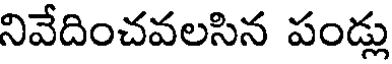
నివేదించవలసిన పండ్లు